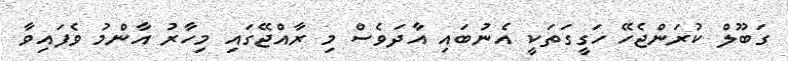
ގަބޫލް ކުރަންޖެހޭ ހަގީގަތަކީ އެނުބައި އާދަވެސް މި ރާއްޖޭގައި މިހާރު އާންމު ވެފައިވާ